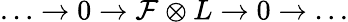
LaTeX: \ldots\to 0\to\mathcal{F}\otimes L\to 0\to\ldots